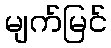
မျက်မြင်